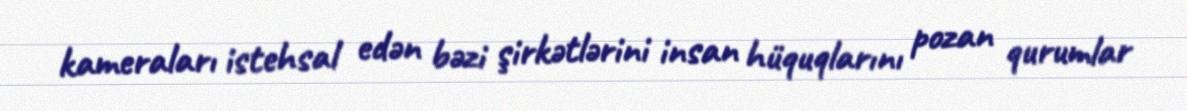
kameraları istehsal edən bəzi şirkətlərini insan hüquqlarını pozan qurumlar